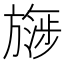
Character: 𬀔